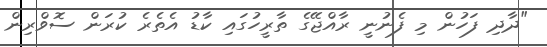
"ދާދި ފަހުން މި ފެނުނީ ރާއްޖޭގެ ތާރީހުގައި ކާޑު އެތެރެ ކުރަން ސޮވްރިން